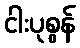
ငါးပုစွန်